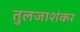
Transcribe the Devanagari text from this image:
तुलजाशंकर